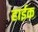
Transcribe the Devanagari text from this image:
हाईक